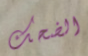
الضحك